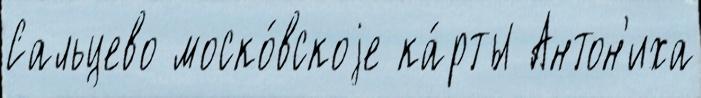
Сальцево моско́вскоjе ка́рты Антон'иха